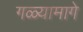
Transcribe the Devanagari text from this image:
गळ्यामागे